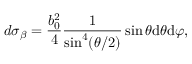
d { \sigma _ { \beta } } = \frac { b _ { 0 } ^ { 2 } } { 4 } \frac { 1 } { { { \sin } ^ { 4 } } ( \theta / 2 ) } \sin \theta \mathrm { d } \theta \mathrm { d } \varphi ,